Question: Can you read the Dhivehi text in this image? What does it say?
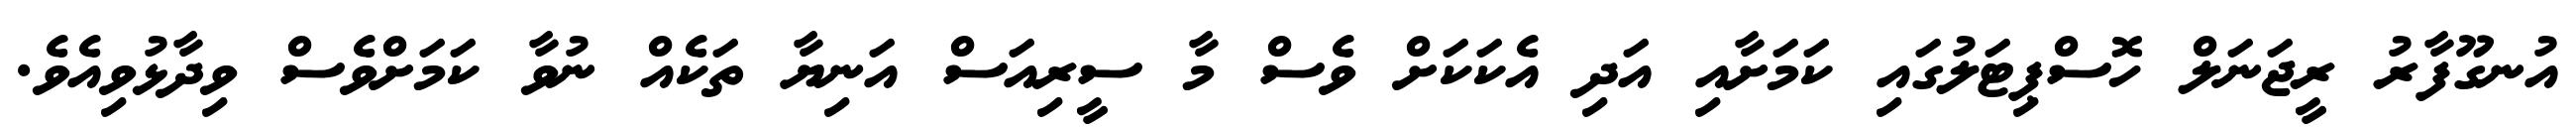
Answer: އުނގޫފާރު ރީޖަނަލް ހޮސްޕިޓަލުގައި ކަމަށާއި އަދި އެކަކަށް ވެސް މާ ސީރިއަސް އަނިޔާ ތަކެއް ނުވާ ކަމަށްވެސް ވިދާޅުވިއެވެ.